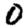
Digit: 0